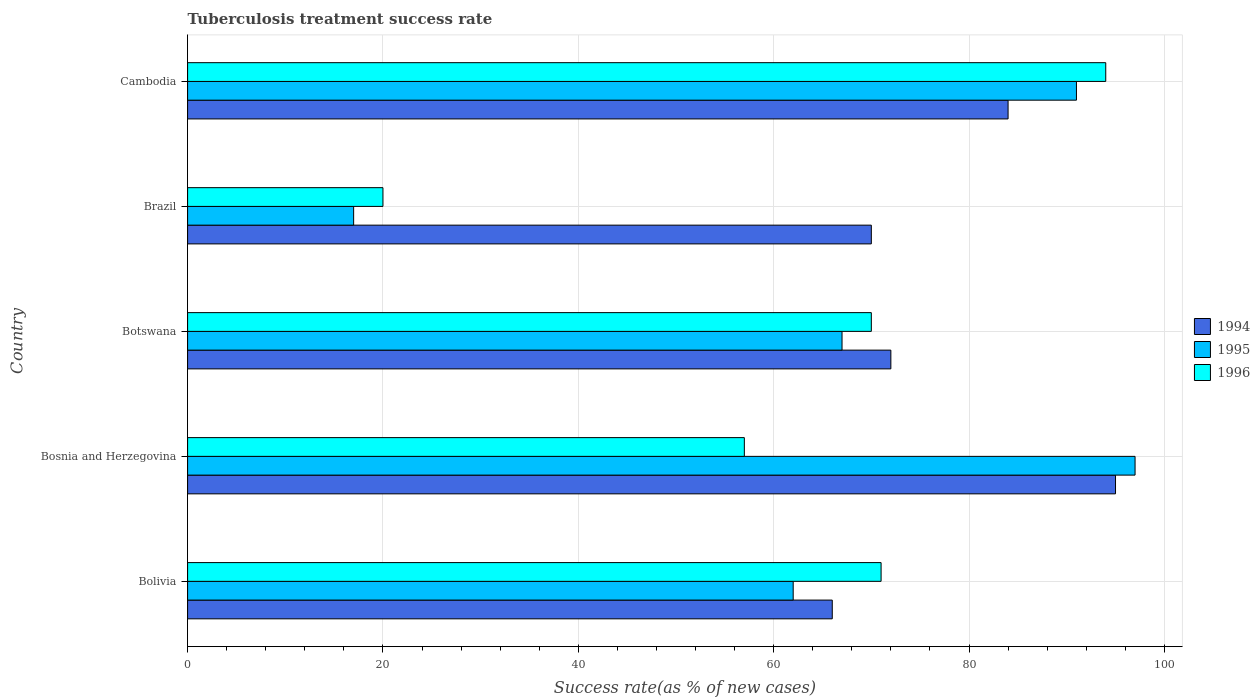
| Country | 1994 | 1995 | 1996 |
 | --- | --- | --- | --- |
 | Bolivia | 66 | 62 | 71 |
 | Bosnia and Herzegovina | 95 | 97 | 57 |
 | Botswana | 72 | 67 | 70 |
 | Brazil | 70 | 17 | 20 |
 | Cambodia | 84 | 91 | 94 |